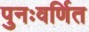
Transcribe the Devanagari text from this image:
पुनःवर्णित